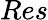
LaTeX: Res